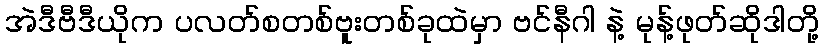
အဲဒီဗီဒီယိုက ပလတ်စတစ်ဗူးတစ်ခုထဲမှာ ဗင်နီဂါ နဲ့ မုန့်ဖုတ်ဆိုဒါတို့